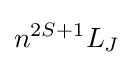
n^{2S+1}L_{J}